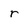
Character: r